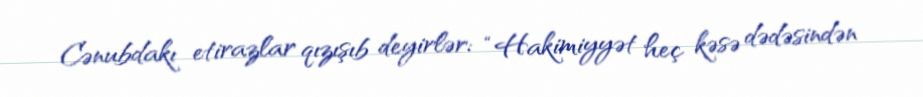
Cənubdakı etirazlar qızışıb deyirlər: “Hakimiyyət heç kəsə dədəsindən